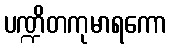
ပဏ္ဍိတကုမာရကော